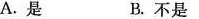
A.是 B.不是